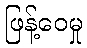
ဖြန့်ဝေမှု